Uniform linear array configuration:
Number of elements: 12
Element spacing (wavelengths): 1
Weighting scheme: hann
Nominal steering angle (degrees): -45
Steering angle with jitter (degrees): -46.988
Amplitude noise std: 0.05
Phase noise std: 0.05

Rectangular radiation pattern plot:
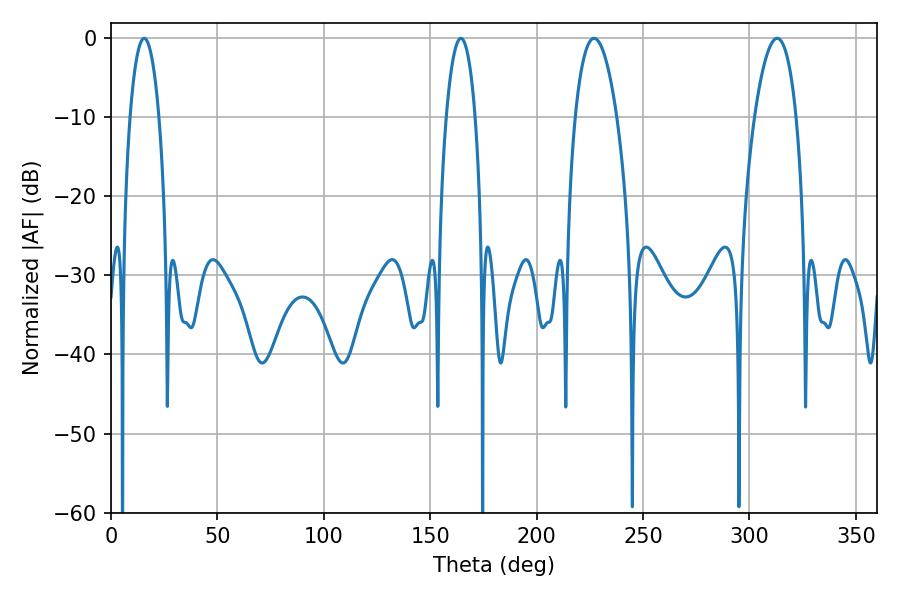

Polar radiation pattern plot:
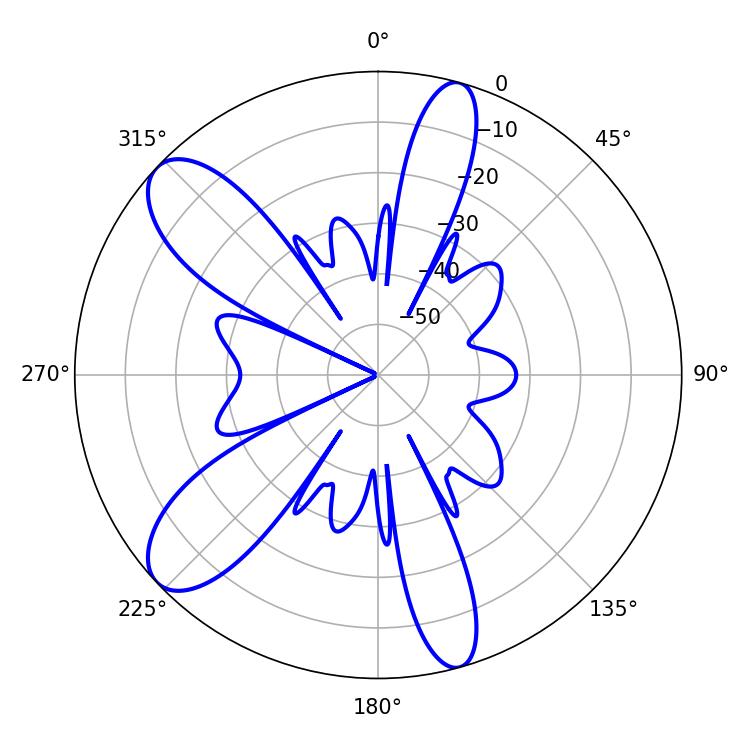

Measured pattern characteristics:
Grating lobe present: TRUE
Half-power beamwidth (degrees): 10.98
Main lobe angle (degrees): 313.02